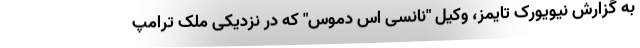
به گزارش نیویورک تایمز، وکیلِ "نانسی اس دموس" که در نزدیکی ملک ترامپ